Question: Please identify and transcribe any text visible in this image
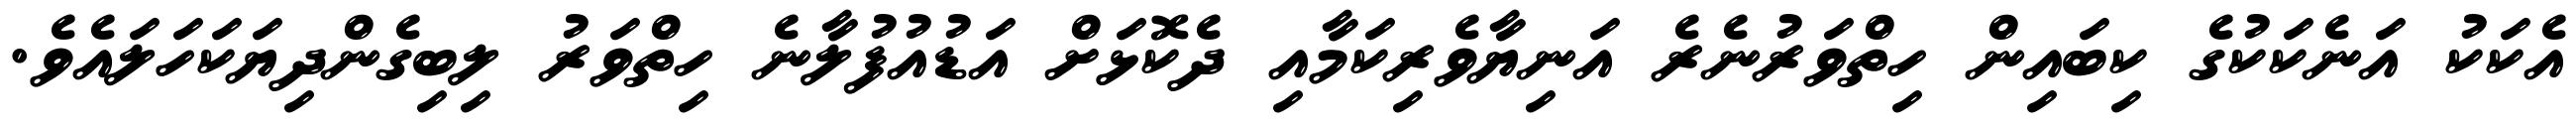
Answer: އެކަކު އަނެކަކުގެ ކިބައިން ހިތްވަރުނެރެ އަނިޔާވެރިކަމާއި ދެކޮޅަށް އަޑުއުފުލާނެ ހިތްވަރު ލިބިގެންދިޔަކަހަލައެވެ.